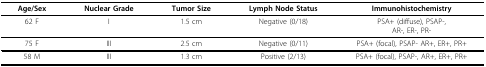
<table><thead><tr><td><b>Age/Sex</b></td><td><b>Nuclear Grade</b></td><td><b>Tumor Size</b></td><td><b>Lymph Node Status</b></td><td><b>Immunohistochemistry</b></td></tr></thead><tbody><tr><td>62 F</td><td>I</td><td>1.5 cm</td><td>Negative (0/18)</td><td>PSA+ (diffuse), PSAP-,AR-, ER-, PR-</td></tr><tr><td>75 F</td><td>III</td><td>2.5 cm</td><td>Negative (0/11)</td><td>PSA+ (focal), PSAP- AR+, ER+, PR+</td></tr><tr><td>58 M</td><td>III</td><td>1.3 cm</td><td>Positive (2/13)</td><td>PSA+ (focal), PSAP-, AR+, ER+, PR+</td></tr></tbody></table>